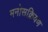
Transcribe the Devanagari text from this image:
मनोसक्रियण